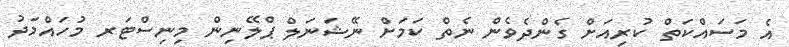
އެ މަސައްކަތް ކުރިއަށް ގެންދެވެން ނެތް ކަމަށް ނޭޝަނަލް ޕްލޭނިން މިނިސްޓަރ މުހައްމަދު